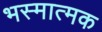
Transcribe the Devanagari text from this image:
भस्मात्मक